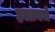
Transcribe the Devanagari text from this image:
हलायचें